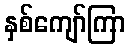
နှစ်ကျော်ကြာ